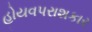
હોયવપરાશકાર